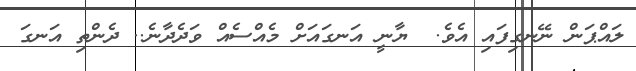
ލައްޕަން ނޭނގިފައި އެވެ.  ޔާނީ އަނގައަށް މެއްސެއް ވަދެދާނެ.. ދެންތި އަނގަ